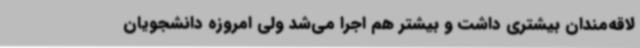
لاقه‌مندان بیشتری داشت و بیشتر هم اجرا می‌شد ولی امروزه دانشجویان